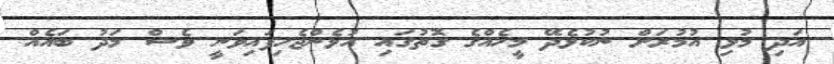
އަދި މުޅި އުމުރަށް ނުކުޅެދޭ މީހެއްގެ ގޮތުގައި އުޅެންޖެހިފައިވަނީ ވެސް މަދު ބައެއް